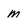
Character: M